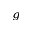
^ { g }